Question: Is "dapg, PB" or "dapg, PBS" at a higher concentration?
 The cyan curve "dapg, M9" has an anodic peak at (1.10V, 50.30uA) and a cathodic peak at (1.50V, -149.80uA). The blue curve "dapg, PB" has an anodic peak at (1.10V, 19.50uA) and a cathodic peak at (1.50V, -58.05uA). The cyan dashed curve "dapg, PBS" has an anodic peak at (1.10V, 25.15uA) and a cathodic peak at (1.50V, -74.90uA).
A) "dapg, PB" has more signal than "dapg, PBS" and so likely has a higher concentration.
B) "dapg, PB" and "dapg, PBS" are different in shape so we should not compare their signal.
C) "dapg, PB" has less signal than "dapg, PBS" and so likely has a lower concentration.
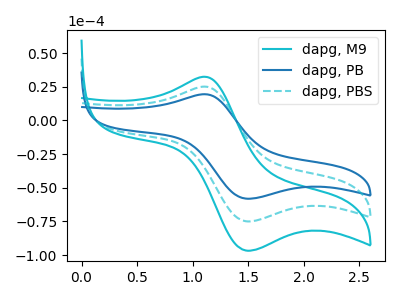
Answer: <think>All the peaks in "dapg, PB" have a peak in "dapg, PBS" at the same potential. Every peak in "dapg, PB" is lower than every peak in "dapg, PBS".
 </think>
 <answer>C) "dapg, PB" has less signal than "dapg, PBS" and so likely has a lower concentration.</answer>
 <eval>C</eval>